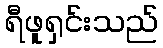
ရီဖူရှင်းသည်